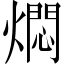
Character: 燜